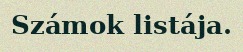
Számok listája.